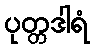
ပုတ္တဒါရံ